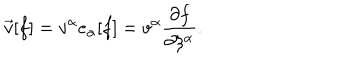
LaTeX: \vec { v } [ f ] = v ^ { \alpha } e _ { \alpha } [ f ] = v ^ { \alpha } \frac { \partial f } { \partial \xi ^ { \alpha } } .